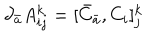
LaTeX: \partial _ { \bar { a } } A _ { i j } ^ { k } = [ { \bar { C } } _ { \bar { a } } , C _ { i } ] _ { j } ^ { k }